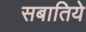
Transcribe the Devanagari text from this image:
सबातिये